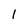
Character: l